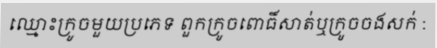
ឈ្មោះក្រូចមួយប្រភេទ ពួកក្រូចពោធិ៍សាត់ឬក្រូចចងសក់ :